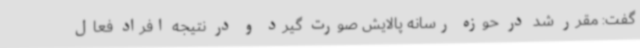
گفت: مقرر شد در حوزه رسانه پالایش صورت گیرد و در نتیجه افراد فعال